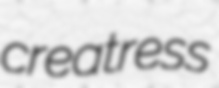
creatress